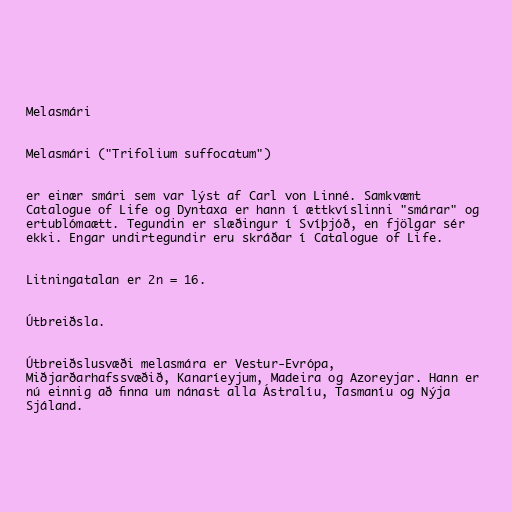
Melasmári

Melasmári ("Trifolium suffocatum")

er einær smári sem var lýst af Carl von Linné. Samkvæmt
Catalogue of Life og Dyntaxa er hann í ættkvíslinni "smárar" og
ertublómaætt. Tegundin er slæðingur í Svíþjóð, en fjölgar sér
ekki. Engar undirtegundir eru skráðar í Catalogue of Life.

Litningatalan er 2n = 16.

Útbreiðsla.

Útbreiðslusvæði melasmára er Vestur-Evrópa,
Miðjarðarhafssvæðið, Kanaríeyjum, Madeira og Azoreyjar. Hann er
nú einnig að finna um nánast alla Ástralíu, Tasmaníu og Nýja
Sjáland.